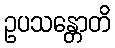
ဥပသန္တောတိ